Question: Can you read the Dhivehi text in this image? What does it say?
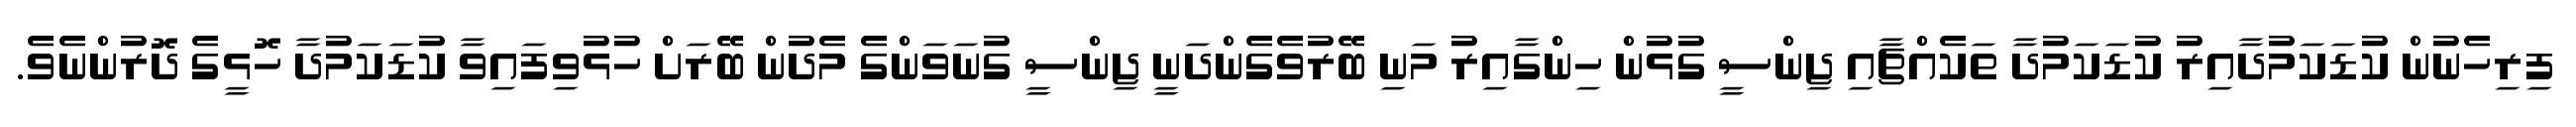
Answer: ފިރިހެނުން ކުޑަކަމުދާއިރު ކުޑަކަމުދާ ތަކެއްޗާއި ޖިންސީ ގުޅުން ހިންގާއިރު މަނި ބޭރުވެގެންދަނީ ޖިންސީ ގުނަވަންގެ މެދުން ބޭރަށް ހުޅުވިފައިވާ ކުޑަކަމުދާ ހޮޅީގެ ދޮރުންނެވެ.